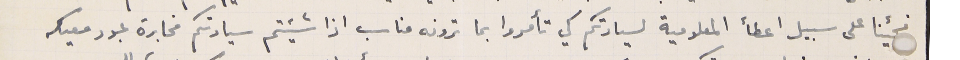
فجيئنا على سبيل اعطأ المعلومية لسيادتكم كي تأمروا بما ترونه مناسب اذا شيئتم سيادتكم مخابرة عبود معيكه